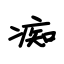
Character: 痴